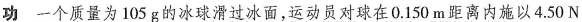
功一个质量为105g的冰球滑过冰面，运动员对球在0.150m距离内施以4.50N